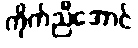
ကိုက်ညီအောင်